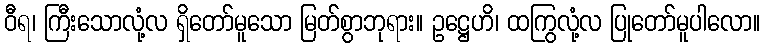
ဝီရ၊ ကြီးသောလုံ့လ ရှိတော်မူသော မြတ်စွာဘုရား။ ဥဋ္ဌေဟိ၊ ထကြွလုံ့လ ပြုတော်မူပါလော။